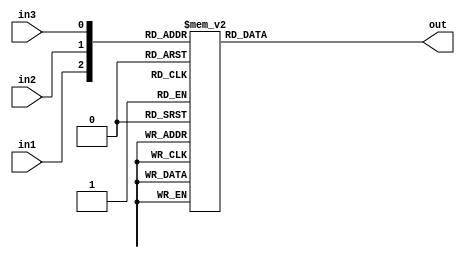
module encorder
(
	input wire in1,
	input wire in2,
	input wire in3,
	
	output reg [7:0] out
);



/* always@(*)
	if      ({{in1},{in2},{in3}}==3'b000)
	out = 8'd0;
	else if ({{in1},{in2},{in3}}==3'b001)
	out = 8'd1;
	else if ({{in1},{in2},{in3}}==3'b010)
	out = 8'd2;
	else if ({{in1},{in2},{in3}}==3'b011)
	out = 8'd3;
	else if ({{in1},{in2},{in3}}==3'b100)
	out = 8'd4;
	else if ({{in1},{in2},{in3}}==3'b101)
	out = 8'd5;
	else if ({{in1},{in2},{in3}}==3'b110)
	out = 8'd6;
	else
	out = 8'd7; */
	always@(*)
	case({{in1},{in2},{in3}})
	
		 3'b000:out = 8'b00000001;
		 3'b001:out = 8'b00000010;
		 3'b010:out = 8'b00000100;
		 3'b011:out = 8'b00001000;
		 3'b100:out = 8'b00010000;
		 3'b101:out = 8'b00100000;
		 3'b110:out = 8'b01000000;
		 3'b111:out = 8'b10000000;
		default :out = 8'b00000000;
	endcase
endmodule